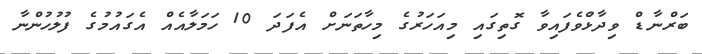
ބަރްނާޑް ވިދާޅުެވެފައިވާ ގޮތިގައި މިއަހަރުގެ މިހާތަނަށް އެފަދަ 10 ހަމަލާއެއް އެގައުމުގެ ފުލުހުންނާ